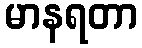
မာနရတာ